Vaccination in Burma 1920-1933 - 1920-1933
Year: 1920
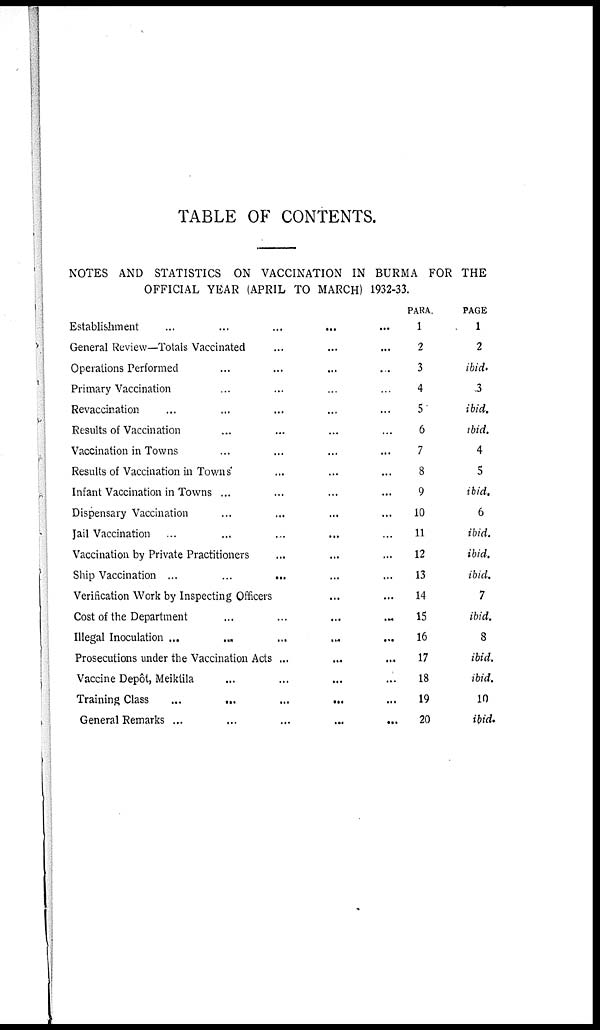
TABLE OF CONTENTS.
NOTES AND STATISTICS ON VACCINATION IN BURMA FOR THE
OFFICIAL YEAR (APRIL TO MARCH) 1932-33.
Establishment
...
...
...
...
...
General Review—Totals Vaccinated
...
...
...
Operations Performed
...
...
...
...
Primary Vaccination
...
...
...
...
Revaccination
...
...
...
...
...
Results of Vaccination
...
...
...
...
Vaccination in Towns
...
...
...
...
Results of Vaccination in Towns
...
...
...
Infant Vaccination in Towns ...
...
...
...
Dispensary Vaccination
...
...
...
...
Jail Vaccination ...
...
...
...
...
Vaccination by Private Practitioners
...
...
...
Ship Vaccination ...
...
...
...
...
Verification Work by Inspecting Officers
...
...
Cost of the Department
...
...
... ...
Illegal Inoculation ...
...
...
...
...
Prosecutions under the Vaccination Acts ...
...
...
Vaccine Depôt, Meiktila
...
...
...
...
Training Class
...
...
...
...
...
General Remarks ...
...
...
...
...
PARA.
1
2
3
4
5
6
7
8
9
10
11
12
13
14
15
16
17
18
19
20
PAGE
1
2
ibid.
3
ibid.
ibid.
4
5
ibid.
6
ibid.
ibid.
ibid.
7
ibid.
8
ibid.
ibid.
10
ibid.